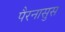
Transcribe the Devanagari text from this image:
पैरनासुस